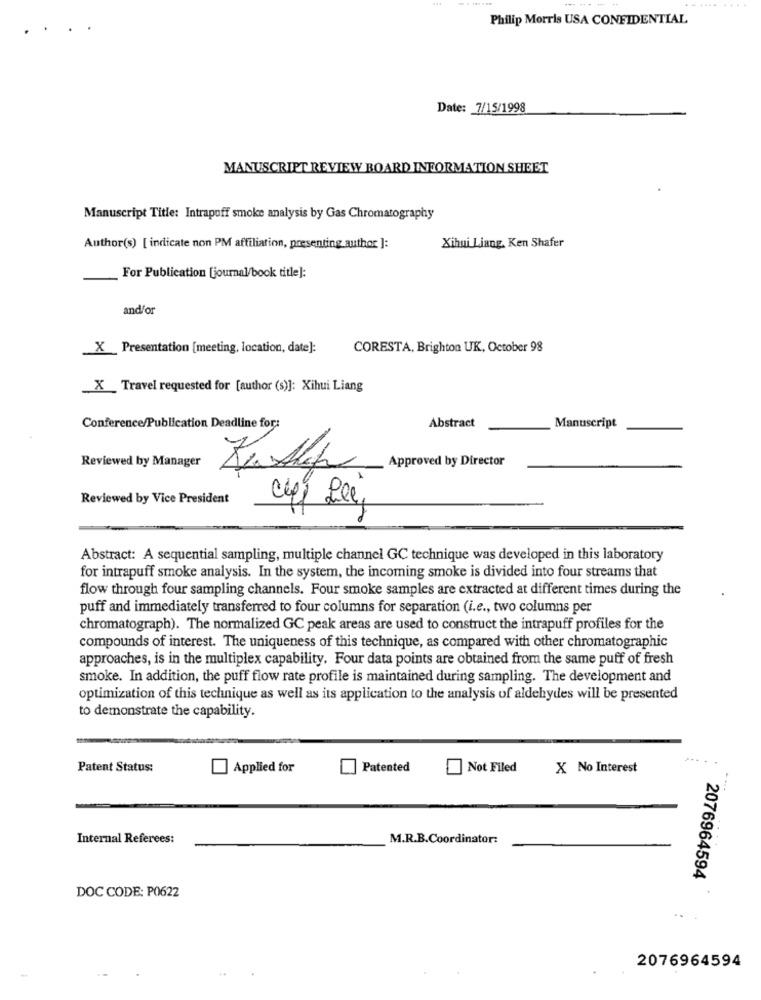
..........
Philip Morris USA CONFIDENTIAL
..
Date: 7/15/1998
MANUSCRIPT REVIEW BOARD INFORMATION SHEET
Manuscript Title: Intrapuff smoke analysis by Gas Chromatography
Author(s) [ indicate non PM affiliation, presenting author ]:
Xihui Liang, Ken Shafer
For Publication [journal/book title]:
and/or
_X_Presentation [meeting, location, date]:
CORESTA, Brighton UK, October 98
_X __ Travel requested for [author (s)]: Xihui Liang
Conference/Publication Deadline for:
Abstract
Manuscript
Reviewed by Manager
Approved by Director
Reviewed by Vice President
03
Abstract: A sequential sampling, multiple channel GC technique was developed in this laboratory
for intrapuff smoke analysis. In the system, the incoming smoke is divided into four streams that
flow through four sampling channels. Four smoke samples are extracted at different times during the
puff and immediately transferred to four columns for separation (i.e ., two columns per
chromatograph). The normalized GC peak areas are used to construct the intrapuff profiles for the
compounds of interest. The uniqueness of this technique, as compared with other chromatographic
approaches, is in the multiplex capability. Four data points are obtained from the same puff of fresh
smoke. In addition, the puff flow rate profile is maintained during sampling. The development and
optimization of this technique as well as its application to the analysis of aldehydes will be presented
to demonstrate the capability.
Patent Status:
Applied for
Patented
Not Filed
X No Interest
....
Internal Referees:
M.R.B.Coordinator:
2076964594
DOC CODE: P0622
2076964594